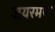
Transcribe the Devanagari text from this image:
जयरमण